Lunatic asylums Central Provinces reports 1910-1926 - 1910-1926
Year: 1910
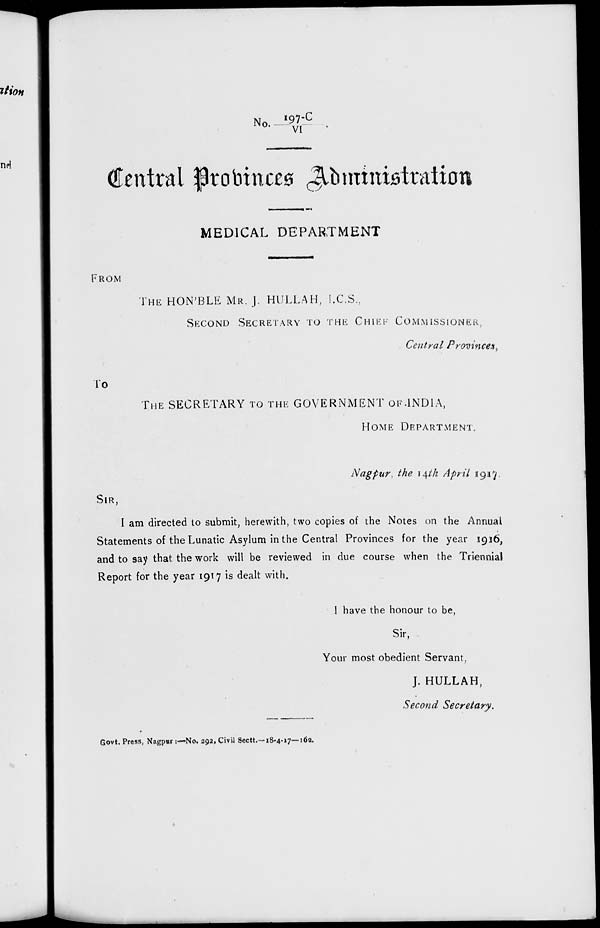
No. 197-C / VI
Central Provinces Administration
——
MEDICAL DEPARTMENT
FROM
THE HON'BLE MR. J. HULLAH, I.C.S.,
SECOND SECRETARY TO THE CHIEF COMMISSIONER,
Central Provinces,
To
THE SECRETARY TO THE GOVERNMENT OF INDIA,
HOME DEPARTMENT.
Nagpur, the 14th April 1917.
SIR,
I am directed to submit, herewith, two copies of the Notes on the Annual
Statements of the Lunatic Asylum in the Central Provinces for the year 1916,
and to say that the work will be reviewed in due course when the Triennial
Report for the year 1917 is dealt with.
I have the honour to be,
Sir,
Your most obedient Servant,
J. HULLAH,
Second Secretary.
Govt. Press, Nagpur :—No. 292, Civil Sectt.—18-4-17—162.